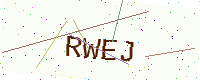
Text: RWEJ